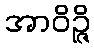
အာဝိဉ္ဇိ